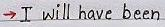
-> I will have been